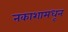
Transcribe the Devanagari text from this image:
नकाशामधून